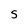
Character: S